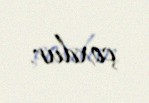
çoxdur.